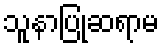
သူနာပြုဆရာမ